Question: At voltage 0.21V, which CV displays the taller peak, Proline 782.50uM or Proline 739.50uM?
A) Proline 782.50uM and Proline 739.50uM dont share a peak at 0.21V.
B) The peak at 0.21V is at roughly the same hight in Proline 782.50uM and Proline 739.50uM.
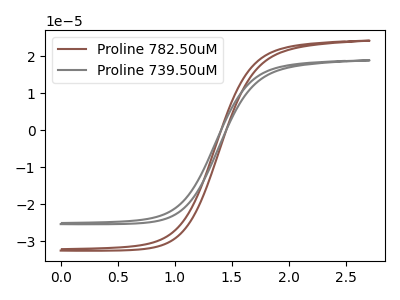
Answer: <think>The brown curve "Proline 782.50uM" has no peaks. The gray curve "Proline 739.50uM" has no peaks.</think>
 <answer>A) "Proline 782.50uM" and "Proline 739.50uM" dont share a peak at 0.21V.</answer>
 <eval>A</eval>